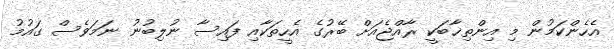
އެހެންކަމުން މި އިންތިޚާބަކީ ރާއްޖެއަށް ބޭރުގެ އެހީތަކާއި ފައިސާ ނުލިބުނު ނަމަވެސް ގައުމު